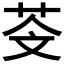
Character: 𦮫